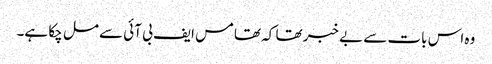
وہ اس بات سے بے خبر تھا کہ تھامس ایف بی آئی سے مل چکا ہے۔